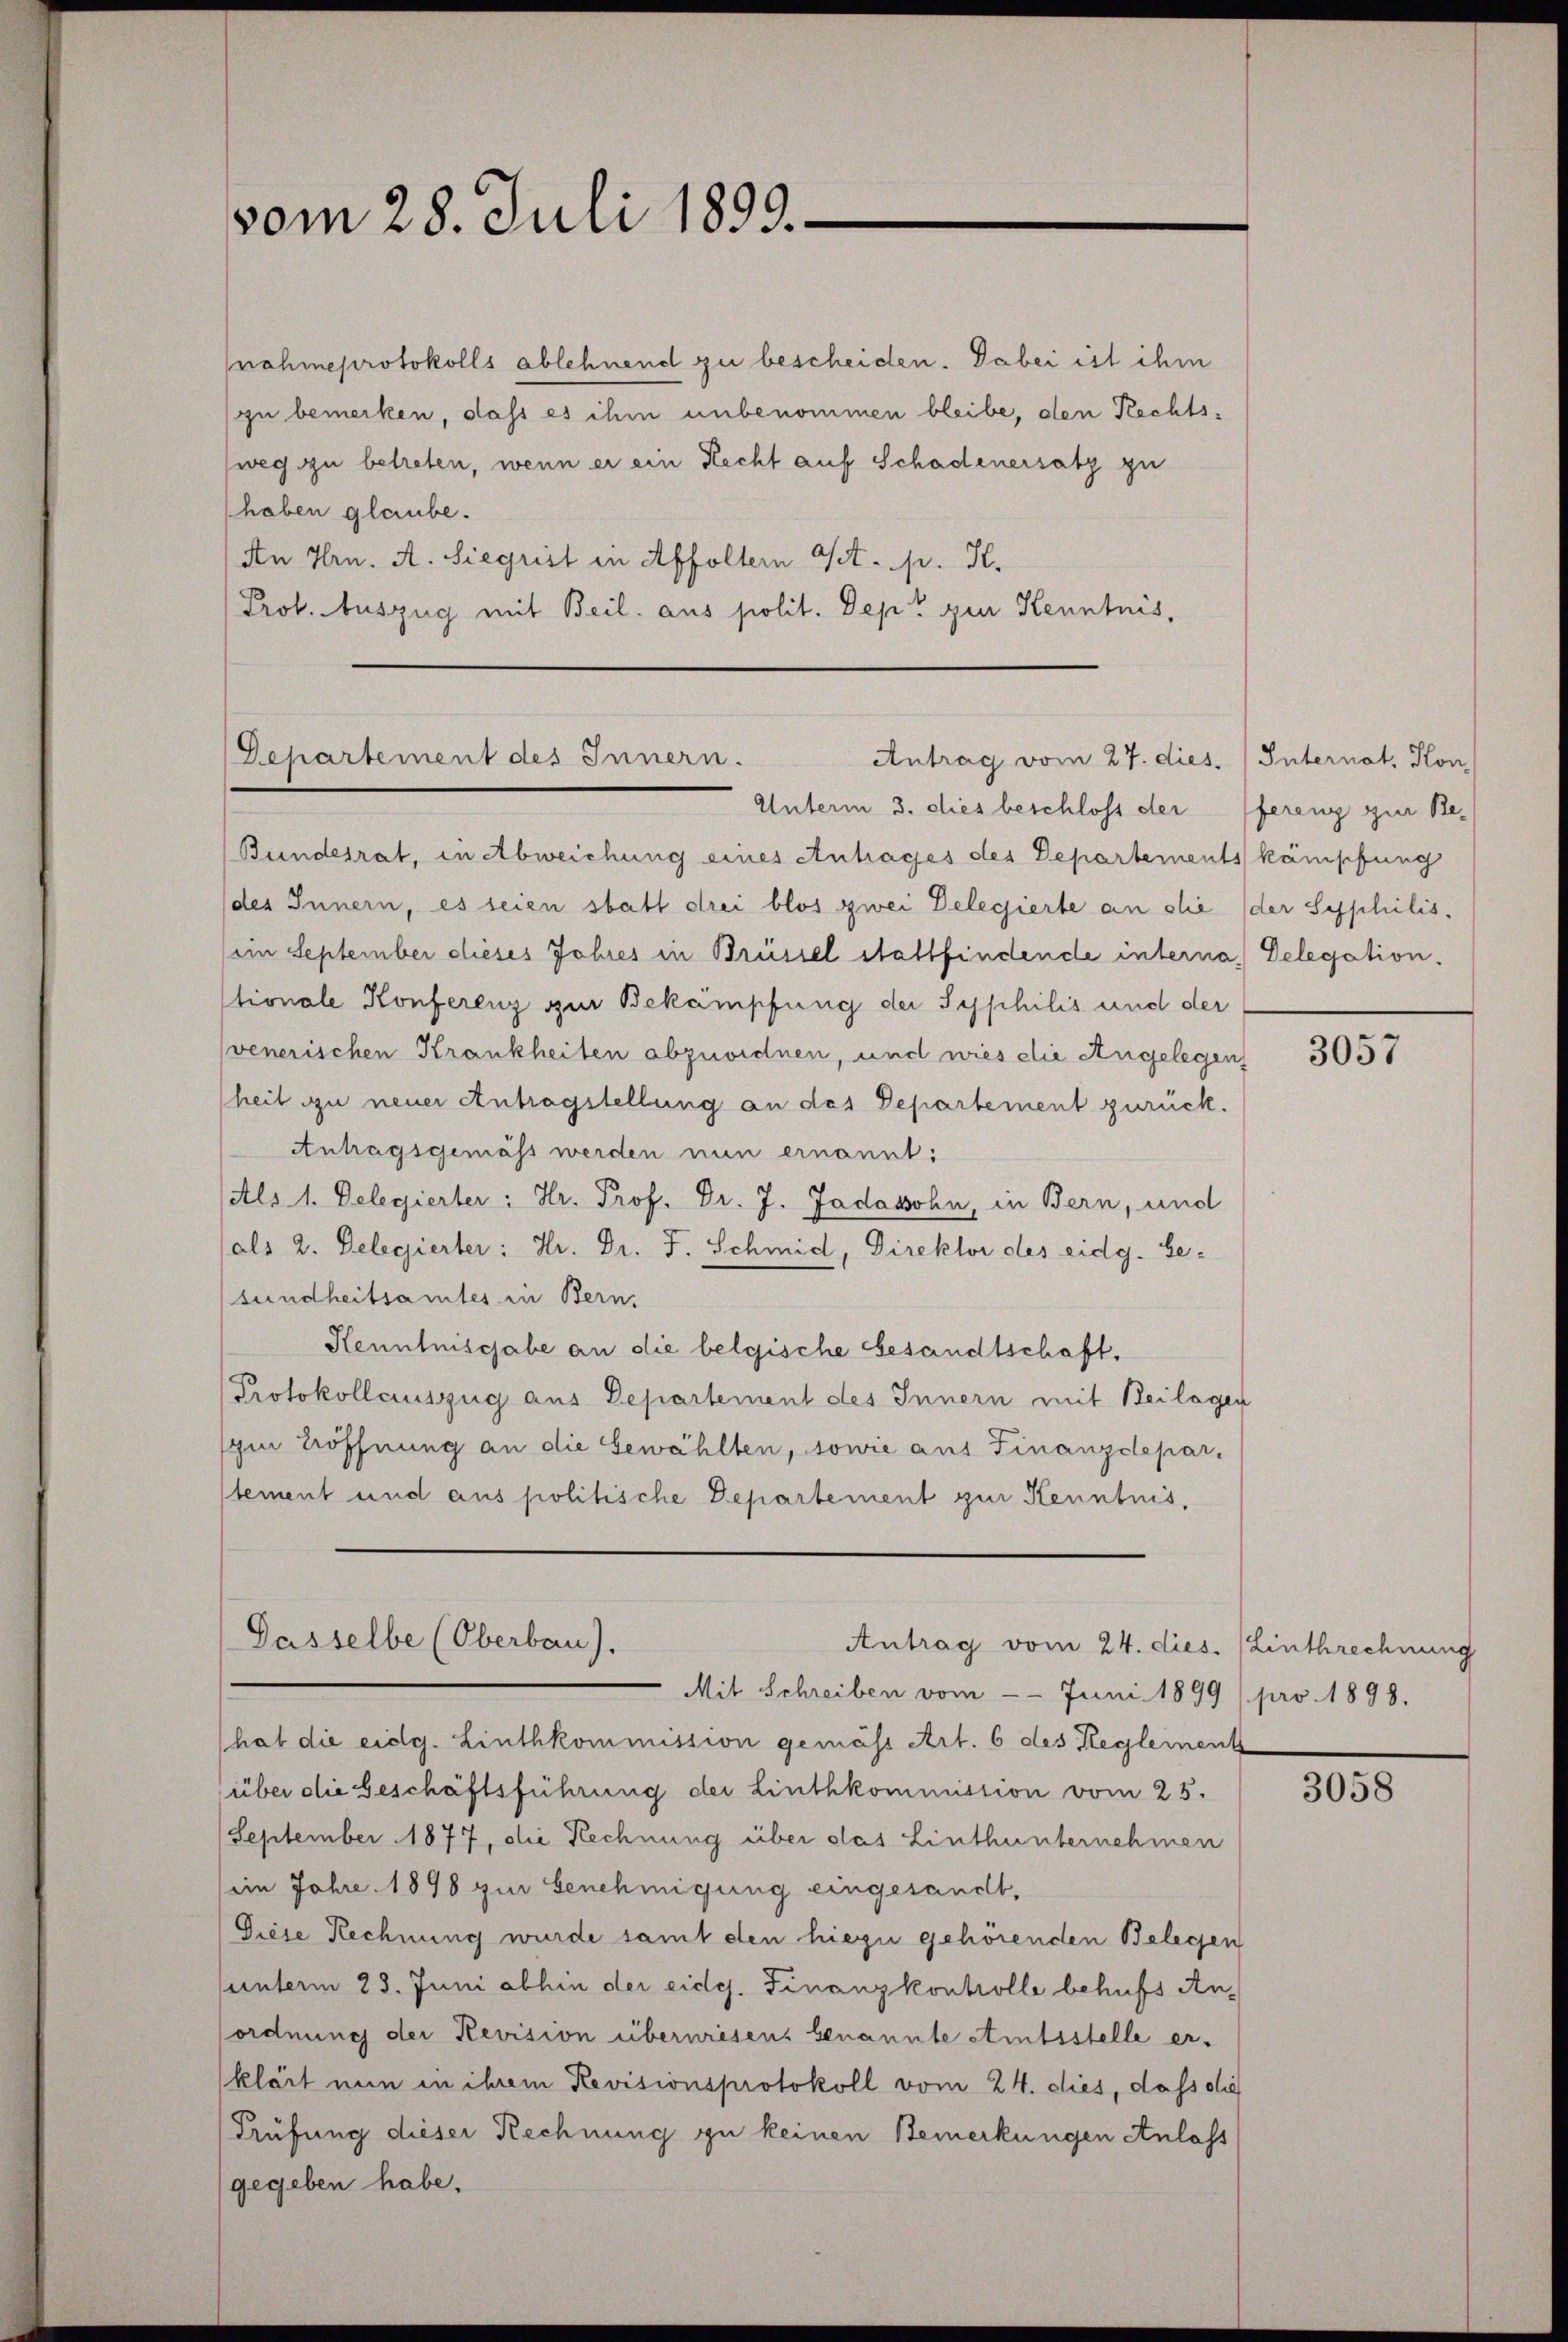
vom 28. Juli 1899.

nohmeprotokolls ablehnend zu bescheiden. Dabei ist ihm
(zu bemerken, dass es ihm unbenommen bleibe, den Rechtsweg zu betreten, wenn er ein Recht auf Schadenersatz zu
haben glaube.
An Hrn. A. Siegrist in Affoltern Act. p. H.
Prof. Auszug mit Beil. aus polit. Dept zur Kenntnis,

Departement des Innern.
Antrag vom 27. dies Internat, Hon

Unterm 3. dies beschloss der
Bundesrat, in Abweichung eines Antrages des Departements kämpfung
(des Innern, es seien statt drei blos zwei Delegierte an die (der Syphilis¬
(ein September dieses Jahres in Brüssel stattfindende interna, Delegation.
stionale Konferenz zur Bekämpfung der Syphilis und der
venerischen Krankheiten abzuordnen, und wies die Angelegen
heit zu neuer Antragstellung an das Departement zurück.
Antragsgemäss werden nun ernannt:
(Als 1. Delegierter: Hr. Prof. Dr. J. Jadasohn, in Bern, und
(als 2. Delegierter: Hr. Dr. F. Schmid, Direktor des eidg. Ge-
sundheitsamtes in Bern,
Kenntnisgabe an die belgische Gesandtschaft.
Protokollauszug aus Departement des Innern mit Beilagen
zin Eröffnung an die Gewählten, sowie aus Finanzdepar-
stement und aus politische Departement zur Kenntnis,

Dasselbe (Oberbau).
Antrag vom 24. dies. Linthrechnung

Mit Schreiben vom —— Juni 1899 /pro. 1898.
(hat die eidg. Linthkommission gemäss Art. 6 des Regleinent
(über die beschäftsführung der Linthkommission vom 25.
September 1877, die Rechnung über das Linthunternehmen
(iin Jahre 1898 zur Genehmigung eingesandt,
Diese Rechnung wurde samt den hiezu gehörenden Belegen
sunterm 28. Juni abhin der eides. Finanzkontrolle behufs Anordnung der Revision überwiesens benannte Amtsstelle erklärt nun in ihrem Revisionsprotokoll vom 24. dies, dass die
Prüfung dieser Rechnung zu keinen Bemerkungen Anlass
gegeben habe.

ferenz zur Be-

3057

3058